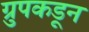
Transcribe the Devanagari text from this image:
ग्रुपकडून